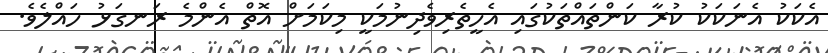
އެކަކު އެނަކަކު ކުރާ ކަންތައްތަކުގައި އެހީތެރިވެދިނުމަކީ މިކަމަށް އޮތް އެންމެ ރަނގަޅު ހައްލެވެ.